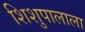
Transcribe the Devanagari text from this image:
शिशुपालाला